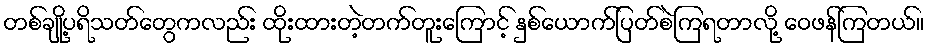
တစ်ချို့ပရိသတ်တွေကလည်း ထိုးထားတဲ့တက်တူးကြောင့် နှစ်ယောက်ပြတ်စဲကြရတာလို့ ဝေဖန်ကြတယ်။